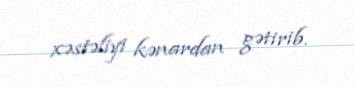
xəstəliyi kənardan gətirib.